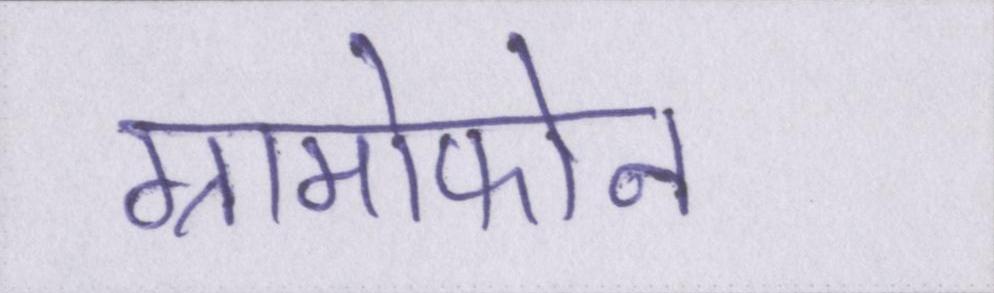
ग्रामोफोन